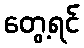
တွေ့ရင်